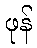
ဖုန်